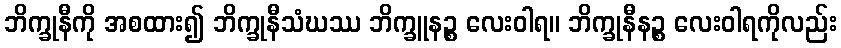
ဘိက္ခုနီကို အစထား၍ ဘိက္ခုနီသံဃဿ ဘိက္ခူနဉ္စ လေးဝါရ။ ဘိက္ခုနီနဉ္စ လေးဝါရကိုလည်း